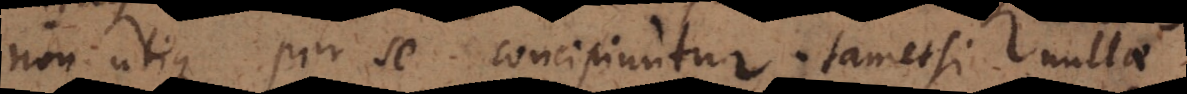
non utique per se concipiuntur; tametsi nullae